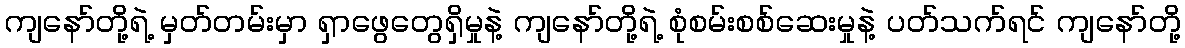
ကျနော်တို့ရဲ့ မှတ်တမ်းမှာ ရှာဖွေတွေရှိမှုနဲ့ ကျနော်တို့ရဲ့ စုံစမ်းစစ်ဆေးမှုနဲ့ ပတ်သက်ရင် ကျနော်တို့